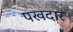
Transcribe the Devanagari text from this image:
पखदार